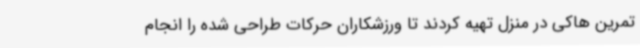
تمرین هاکی در منزل تهیه کردند تا ورزشکاران حرکات طراحی شده را انجام